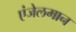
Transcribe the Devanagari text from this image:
एंजेलमान